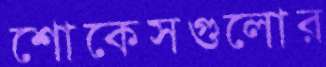
শোকেসগুলোর